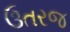
ઉતરજ